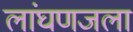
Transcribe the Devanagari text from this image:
लांघणजला